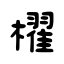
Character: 櫂